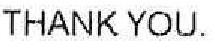
THANK YOU.